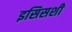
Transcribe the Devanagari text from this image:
इसिसशी